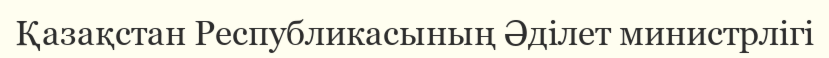
Қазақстан Республикасының Әділет министрлігі